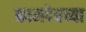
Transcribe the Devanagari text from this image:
कामदेवच्या